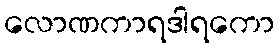
လောဏကာရဒါရကော